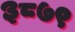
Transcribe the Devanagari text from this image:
३८७९